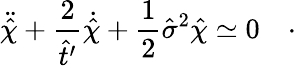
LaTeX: \ddot{\hat{\chi}}+\frac{2}{\hat{t}^{\prime}}\dot{\hat{\chi}}+\frac{1}{2}\hat{\sigma}^{2}\hat{\chi}\simeq 0\quad\cdot